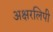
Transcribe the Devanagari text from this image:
अक्षरलिपी